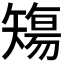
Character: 𥏻